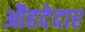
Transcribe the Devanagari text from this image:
औहदेदार